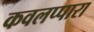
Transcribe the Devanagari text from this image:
कवलप्पारा